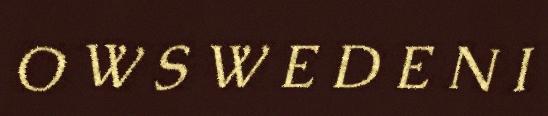
O W S W E D E N I